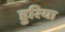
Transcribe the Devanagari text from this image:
हुरिया